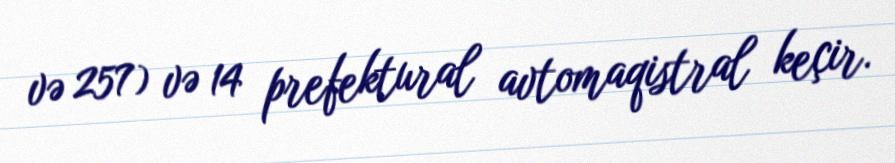
və 257) və 14 prefektural avtomaqistral keçir.